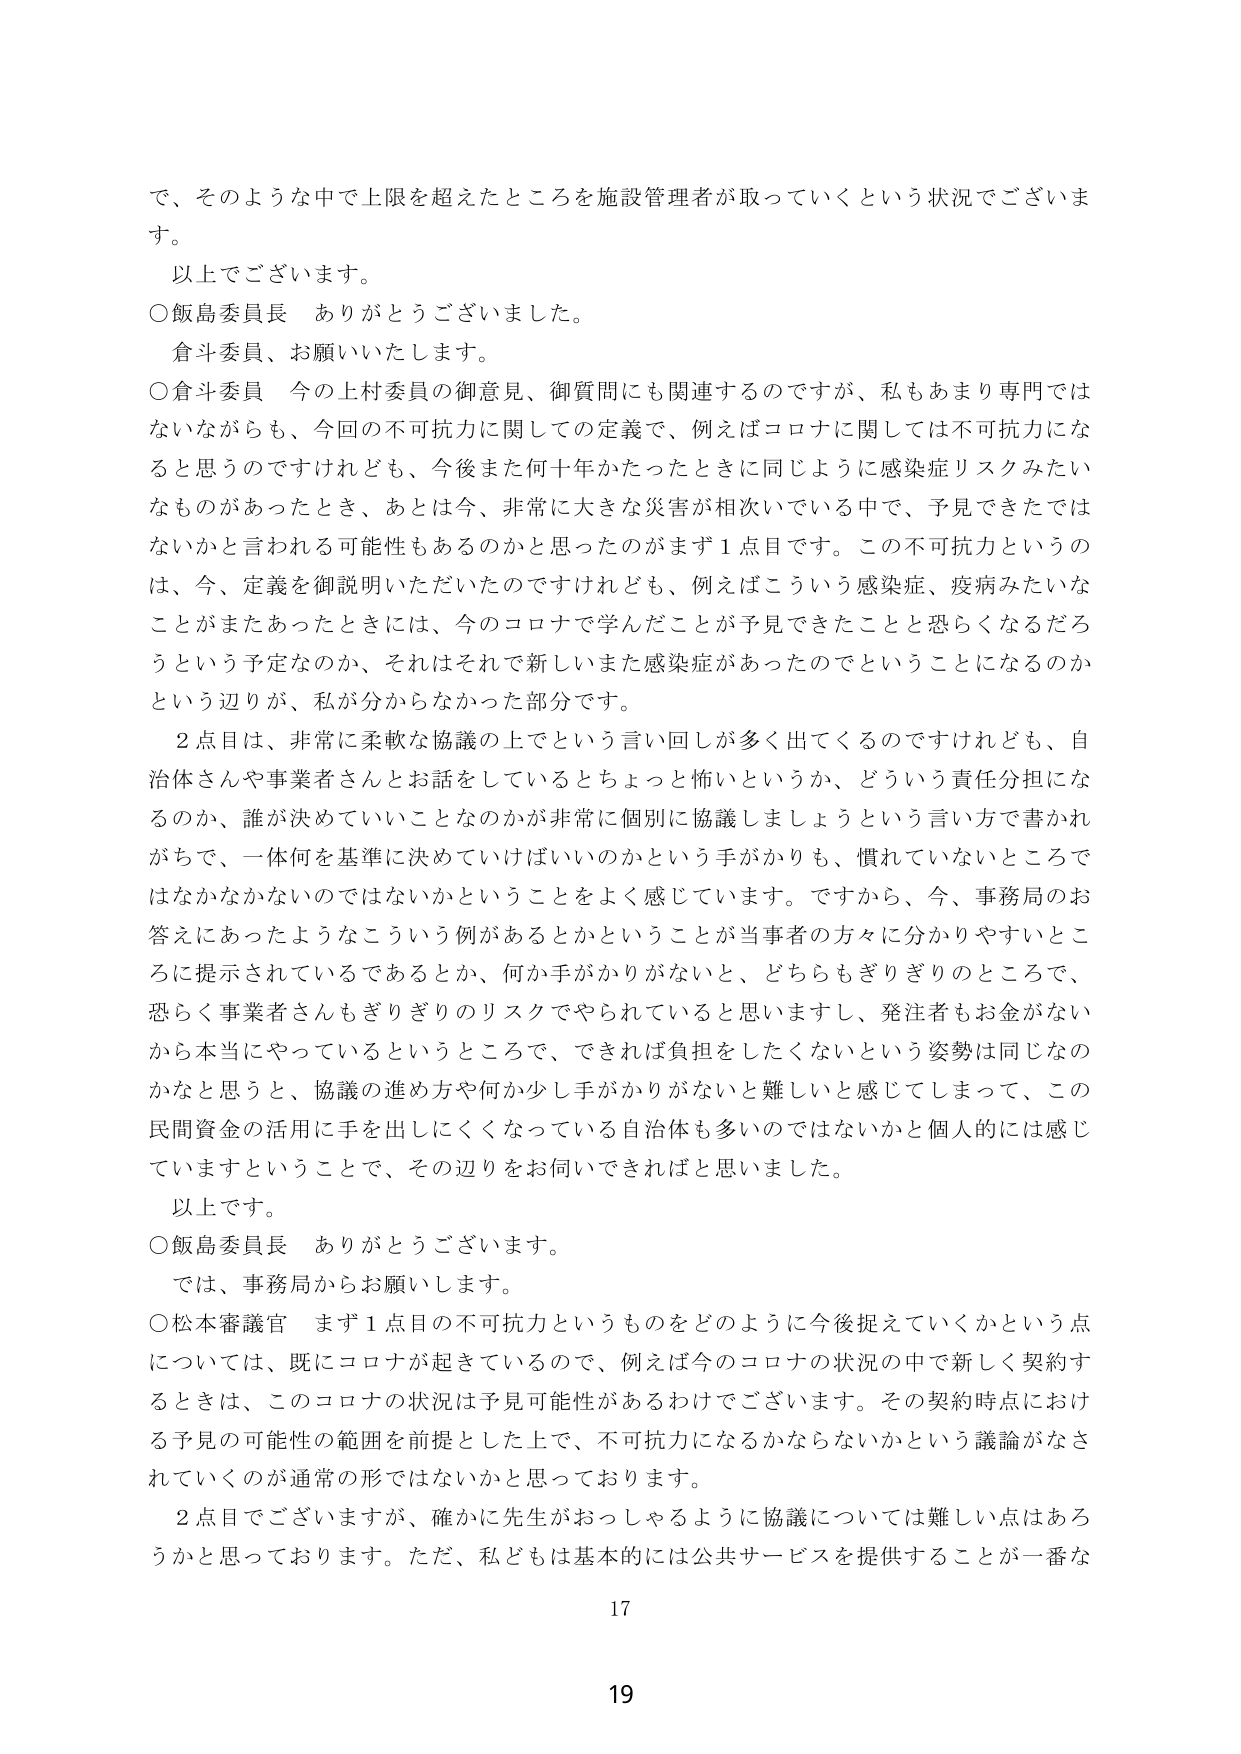
で、そのような中で上限を超えたところを施設管理者が取っていくという状況でございます。

以上でございます。

○飯島委員長　ありがとうございます。

倉斗委員、お願いいたします。

○倉斗委員　今の上村委員の御意見、御質問にも関連するのですが、私もあまり専門ではないながらも、今回の不可抗力に関しての定義で、例えばコロナに関しては不可抗力になると思うのですけれども、今後また何十年かたったときに同じように感染症リスクみたいなものがあったとき、あとは今、非常に大きな災害が相次いでいる中で、予見できたではないかと言われる可能性もあるのかと思ったのがまず1点目です。この不可抗力というのは、今、定義を御説明いただいたのですけれども、例えばこういう感染症、疫病みたいなことがまたあったときには、今のコロナで学んだことが予見できたことと恐らくなるだろうという予定なのか、それはそれで新しいまた感染症があったのでということになるのかという辺りが、私が分からなかった部分です。

2点目は、非常に柔軟な協議の上でという言い回しが多く出てくるのですけれども、自治体さんや事業者さんとお話をしていてるとちょっと怖いというか、どういう責任分担になるのか、誰が決めていいことなのかが非常に個別に協議しましょうという言い方で書かれがちで、一体何を基準に決めていけばいいのかという手がかりも、慣れていないところではなかなかないのではないかということをよく感じています。ですから、今、事務局のお答えにあったようなこういう例があるとかということが当事者の方々に分かりやすいところに提示されているであるとか、何か手がかりがないと、どちらもぎりぎりのところで、恐らく事業者さんもぎりぎりのリスクでやられていると思いますし、発注者もお金がないから本当にやっているというところで、できれば負担をしたくないという姿勢は同じなのかなと思うと、協議の進め方や何か少し手がかりがないと難しいと感じてしまって、この民間資金の活用に手を出しにくくなっている自治体も多いのではないかと個人的には感じていますということで、その辺りをお伺いできればと思いました。

以上です。

○飯島委員長　ありがとうございます。

では、事務局からお願いします。

○松本審議官　まず1点目の不可抗力というものをどのように今後捉えていくかという点については、既にコロナが起きているので、例えば今のコロナの状況の中で新しく契約するときは、このコロナの状況は予見可能性があるわけでございます。その契約時点における予見の可能性の範囲を前提とした上で、不可抗力になるかならないかという議論がなされていくのが通常の形ではないかと思っております。

2点目でございますが、確かに先生がおっしゃるように協議については難しい点はあろうかと思っております。ただ、私どもは基本的には公共サービスを提供することが一番な

17

19